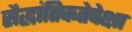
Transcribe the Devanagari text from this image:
सैद्धांतिकतेपेक्षा